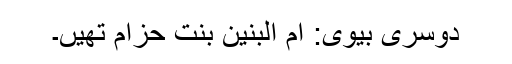
دوسری بیوی: ام البنین بنت حزام تھیں۔